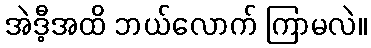
အဲဒီ့အထိ ဘယ်လောက် ကြာမလဲ။